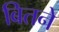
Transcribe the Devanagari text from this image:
बितने